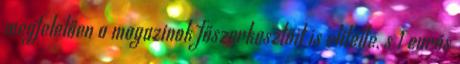
megfelelően a magazinok főszerkesztőit is elítélte, s 1 eurós